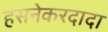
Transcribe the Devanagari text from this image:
हसनेकरदादा